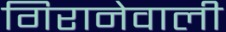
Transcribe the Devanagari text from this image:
गिरानेवाली